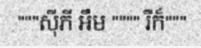
"""ស៊ីភី អឹម """" រឺក៏"""